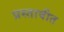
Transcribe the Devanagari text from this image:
प्रस्तावीत